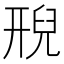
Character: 𮍩